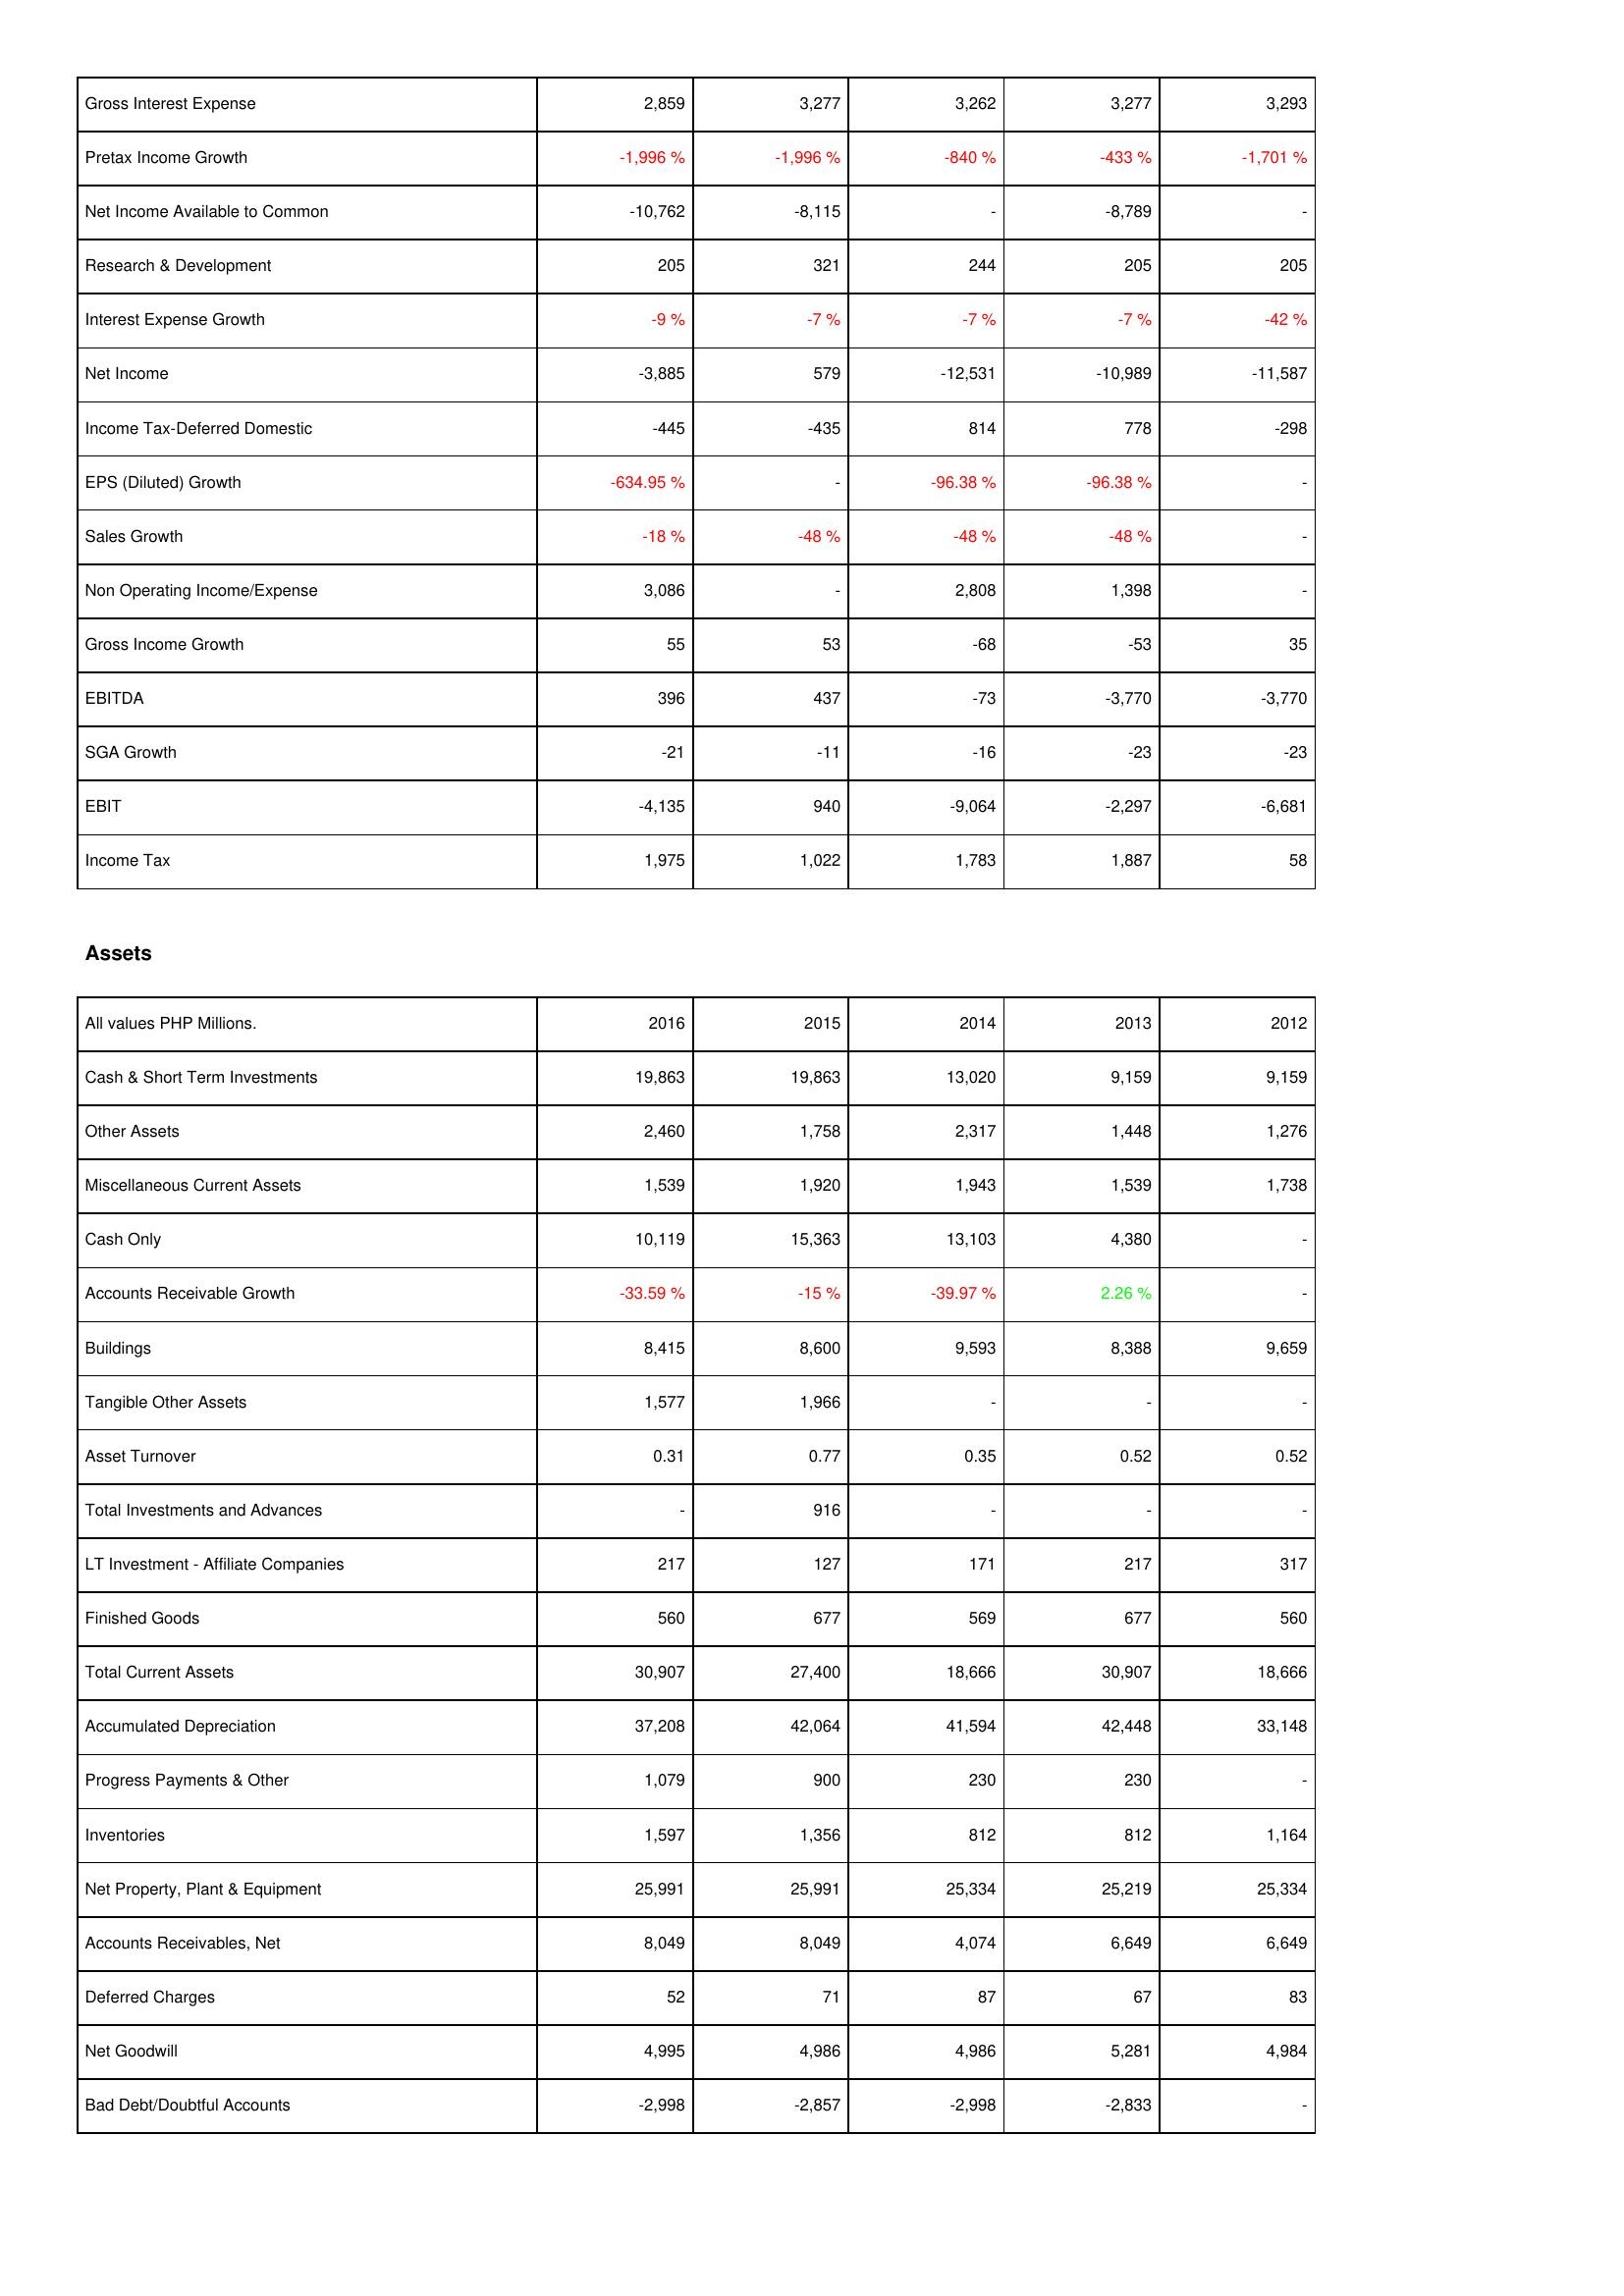
2016: Income Statement: Gross Interest Expense: 2,859
Pretax Income Growth: -1,996 %
Net Income Available to Common: -10,762
Research & Development: 205
Interest Expense Growth: -9 %
Net Income: -3,885
Income Tax-Deferred Domestic: -445
EPS (Diluted) Growth: -634.95 %
Sales Growth: -18 %
Non Operating Income/Expense: 3,086
Gross Income Growth: 55
EBITDA: 396
SGA Growth: -21
EBIT: -4,135
Income Tax: 1,975
Assets: Cash & Short Term Investments: 19,863
Other Assets: 2,460
Miscellaneous Current Assets: 1,539
Cash Only: 10,119
Accounts Receivable Growth: -33.59 %
Buildings: 8,415
Tangible Other Assets: 1,577
Asset Turnover: 0.31
Total Investments and Advances: -
LT Investment - Affiliate Companies: 217
Finished Goods: 560
Total Current Assets: 30,907
Accumulated Depreciation: 37,208
Progress Payments & Other: 1,079
Inventories: 1,597
Net Property, Plant & Equipment: 25,991
Accounts Receivables, Net: 8,049
Deferred Charges: 52
Net Goodwill: 4,995
Bad Debt/Doubtful Accounts: -2,998
2015: Income Statement: Gross Interest Expense: 3,277
Pretax Income Growth: -1,996 %
Net Income Available to Common: -8,115
Research & Development: 321
Interest Expense Growth: -7 %
Net Income: 579
Income Tax-Deferred Domestic: -435
EPS (Diluted) Growth: -
Sales Growth: -48 %
Non Operating Income/Expense: -
Gross Income Growth: 53
EBITDA: 437
SGA Growth: -11
EBIT: 940
Income Tax: 1,022
Assets: Cash & Short Term Investments: 19,863
Other Assets: 1,758
Miscellaneous Current Assets: 1,920
Cash Only: 15,363
Accounts Receivable Growth: -15 %
Buildings: 8,600
Tangible Other Assets: 1,966
Asset Turnover: 0.77
Total Investments and Advances: 916
LT Investment - Affiliate Companies: 127
Finished Goods: 677
Total Current Assets: 27,400
Accumulated Depreciation: 42,064
Progress Payments & Other: 900
Inventories: 1,356
Net Property, Plant & Equipment: 25,991
Accounts Receivables, Net: 8,049
Deferred Charges: 71
Net Goodwill: 4,986
Bad Debt/Doubtful Accounts: -2,857
2014: Income Statement: Gross Interest Expense: 3,262
Pretax Income Growth: -840 %
Net Income Available to Common: -
Research & Development: 244
Interest Expense Growth: -7 %
Net Income: -12,531
Income Tax-Deferred Domestic: 814
EPS (Diluted) Growth: -96.38 %
Sales Growth: -48 %
Non Operating Income/Expense: 2,808
Gross Income Growth: -68
EBITDA: -73
SGA Growth: -16
EBIT: -9,064
Income Tax: 1,783
Assets: Cash & Short Term Investments: 13,020
Other Assets: 2,317
Miscellaneous Current Assets: 1,943
Cash Only: 13,103
Accounts Receivable Growth: -39.97 %
Buildings: 9,593
Tangible Other Assets: -
Asset Turnover: 0.35
Total Investments and Advances: -
LT Investment - Affiliate Companies: 171
Finished Goods: 569
Total Current Assets: 18,666
Accumulated Depreciation: 41,594
Progress Payments & Other: 230
Inventories: 812
Net Property, Plant & Equipment: 25,334
Accounts Receivables, Net: 4,074
Deferred Charges: 87
Net Goodwill: 4,986
Bad Debt/Doubtful Accounts: -2,998
2013: Income Statement: Gross Interest Expense: 3,277
Pretax Income Growth: -433 %
Net Income Available to Common: -8,789
Research & Development: 205
Interest Expense Growth: -7 %
Net Income: -10,989
Income Tax-Deferred Domestic: 778
EPS (Diluted) Growth: -96.38 %
Sales Growth: -48 %
Non Operating Income/Expense: 1,398
Gross Income Growth: -53
EBITDA: -3,770
SGA Growth: -23
EBIT: -2,297
Income Tax: 1,887
Assets: Cash & Short Term Investments: 9,159
Other Assets: 1,448
Miscellaneous Current Assets: 1,539
Cash Only: 4,380
Accounts Receivable Growth: 2.26 %
Buildings: 8,388
Tangible Other Assets: -
Asset Turnover: 0.52
Total Investments and Advances: -
LT Investment - Affiliate Companies: 217
Finished Goods: 677
Total Current Assets: 30,907
Accumulated Depreciation: 42,448
Progress Payments & Other: 230
Inventories: 812
Net Property, Plant & Equipment: 25,219
Accounts Receivables, Net: 6,649
Deferred Charges: 67
Net Goodwill: 5,281
Bad Debt/Doubtful Accounts: -2,833
2012: Income Statement: Gross Interest Expense: 3,293
Pretax Income Growth: -1,701 %
Net Income Available to Common: -
Research & Development: 205
Interest Expense Growth: -42 %
Net Income: -11,587
Income Tax-Deferred Domestic: -298
EPS (Diluted) Growth: -
Sales Growth: -
Non Operating Income/Expense: -
Gross Income Growth: 35
EBITDA: -3,770
SGA Growth: -23
EBIT: -6,681
Income Tax: 58
Assets: Cash & Short Term Investments: 9,159
Other Assets: 1,276
Miscellaneous Current Assets: 1,738
Cash Only: -
Accounts Receivable Growth: -
Buildings: 9,659
Tangible Other Assets: -
Asset Turnover: 0.52
Total Investments and Advances: -
LT Investment - Affiliate Companies: 317
Finished Goods: 560
Total Current Assets: 18,666
Accumulated Depreciation: 33,148
Progress Payments & Other: -
Inventories: 1,164
Net Property, Plant & Equipment: 25,334
Accounts Receivables, Net: 6,649
Deferred Charges: 83
Net Goodwill: 4,984
Bad Debt/Doubtful Accounts: -